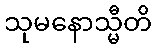
သုမနောသ္မီတိ